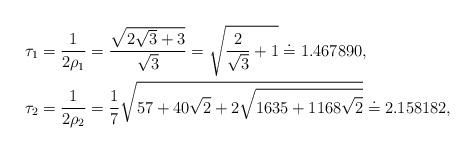
LaTeX: \begin{align*} \tau_1 & =\frac{1}{2\rho_1}=\frac{\sqrt{2\sqrt3+3}}{\sqrt3} =\sqrt{\frac{2}{\sqrt3}+1} \doteq 1.467890, \\ \tau_{2} & = \frac{1}{2 \rho_{2}} = \frac{1}{7} \sqrt{57+40 \sqrt{2}+2 \sqrt{1635+1168 \sqrt{2}}} \doteq 2.158182 ,\end{align*}